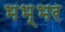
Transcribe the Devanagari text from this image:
भभ्भर